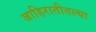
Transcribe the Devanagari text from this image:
जाहिरातीतल्या